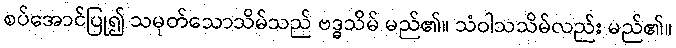
စပ်အောင်ပြု၍ သမုတ်သောသိမ်သည် ဗဒ္ဓသိမ် မည်၏။ သံဝါသသိမ်လည်း မည်၏။